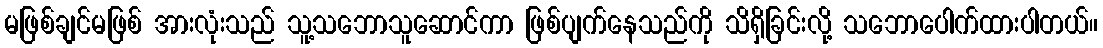
မဖြစ်ချင်မဖြစ် အားလုံးသည် သူ့သဘောသူဆောင်ကာ ဖြစ်ပျက်နေသည်ကို သိရှိခြင်းလို့ သဘောပေါက်ထားပါတယ်။